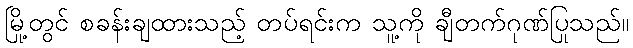
မြို့တွင် စခန်းချထားသည့် တပ်ရင်းက သူ့ကို ချီတက်ဂုဏ်ပြုသည်။